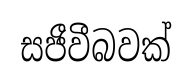
සජීවීබවක්